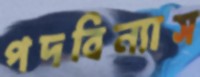
পদবিন্যাস